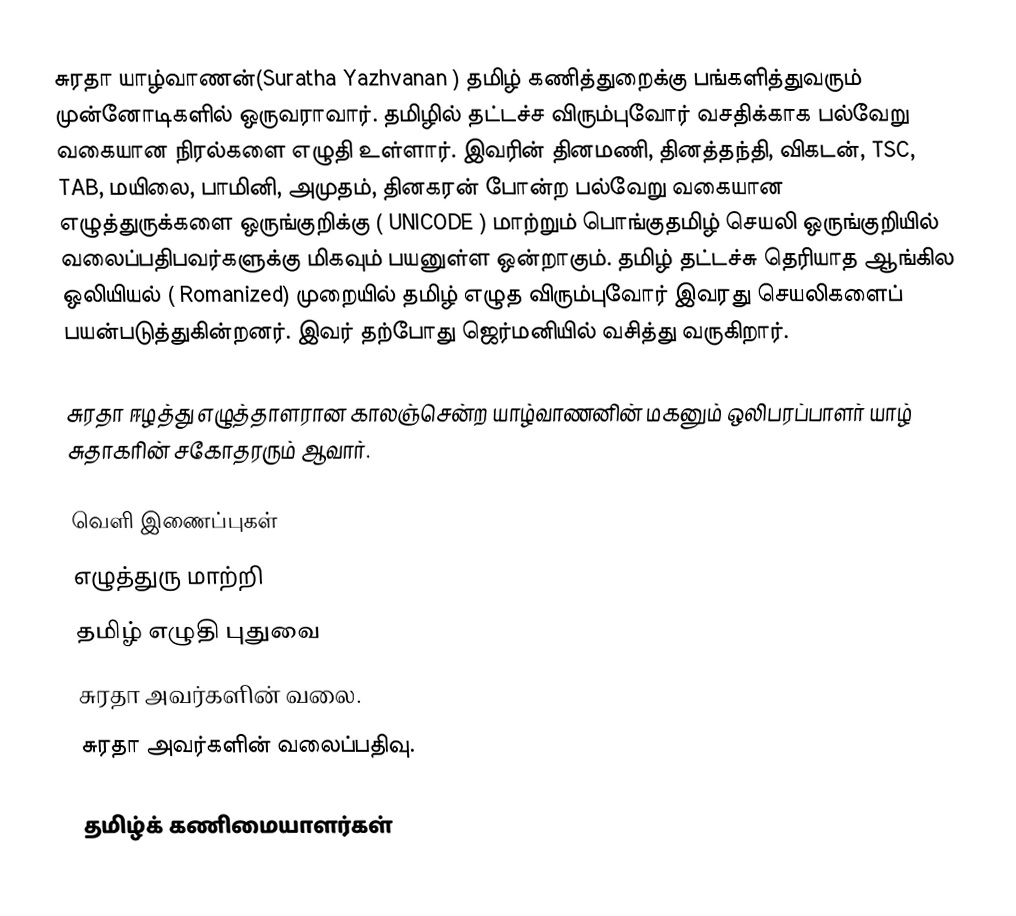
சுரதா யாழ்வாணன்(Suratha Yazhvanan ) தமிழ் கணித்துறைக்கு பங்களித்துவரும் முன்னோடிகளில் ஒருவராவார். தமிழில் தட்டச்ச விரும்புவோர் வசதிக்காக பல்வேறு வகையான நிரல்களை எழுதி உள்ளார். இவரின் தினமணி, தினத்தந்தி, விகடன், TSC, TAB, மயிலை, பாமினி, அமுதம், தினகரன் போன்ற பல்வேறு வகையான எழுத்துருக்களை ஒருங்குறிக்கு ( UNICODE ) மாற்றும் பொங்குதமிழ் செயலி ஒருங்குறியில் வலைப்பதிபவர்களுக்கு மிகவும் பயனுள்ள ஒன்றாகும். தமிழ் தட்டச்சு தெரியாத ஆங்கில ஒலியியல் ( Romanized) முறையில் தமிழ் எழுத விரும்புவோர் இவரது செயலிகளைப் பயன்படுத்துகின்றனர். இவர் தற்போது ஜெர்மனியில் வசித்து வருகிறார்.

சுரதா ஈழத்து எழுத்தாளரான காலஞ்சென்ற யாழ்வாணனின் மகனும் ஒலிபரப்பாளர் யாழ் சுதாகரின் சகோதரரும் ஆவார்.

வெளி இணைப்புகள்
எழுத்துரு மாற்றி
தமிழ் எழுதி புதுவை
சுரதா அவர்களின் வலை.
சுரதா அவர்களின் வலைப்பதிவு.

தமிழ்க் கணிமையாளர்கள்